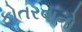
કોતરવાનો